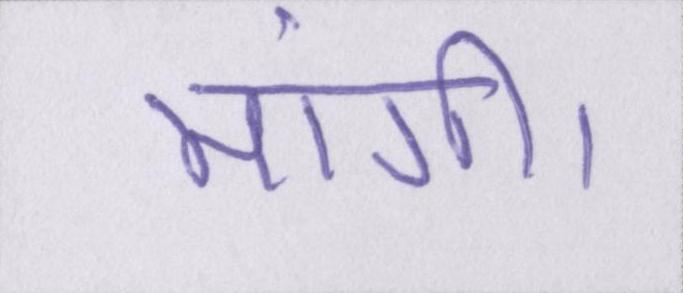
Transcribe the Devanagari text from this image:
मांगी।